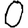
Digit: 0